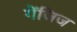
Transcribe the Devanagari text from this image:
गेंजिज